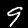
Digit: 9